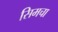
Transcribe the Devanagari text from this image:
सिमचा